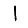
Digit: 1